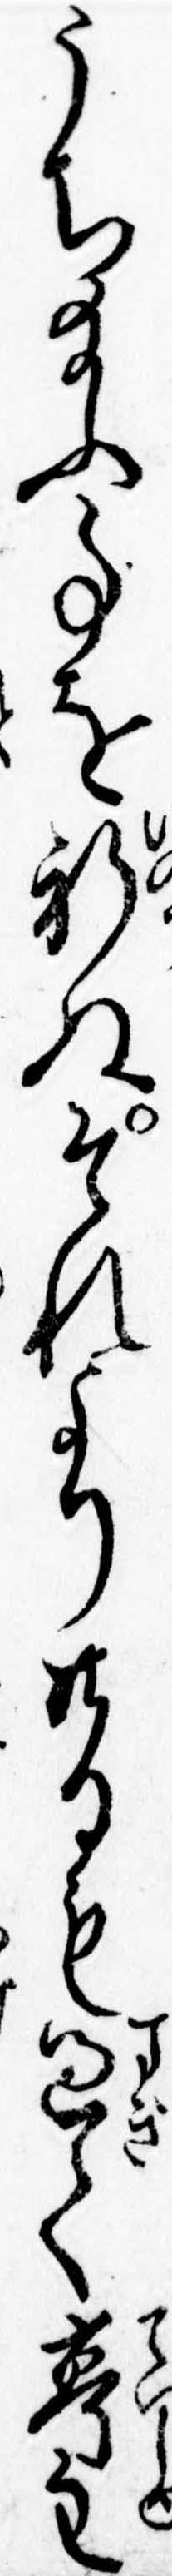
うち給ふ事を祈ぬそれより廿日も過て亭主